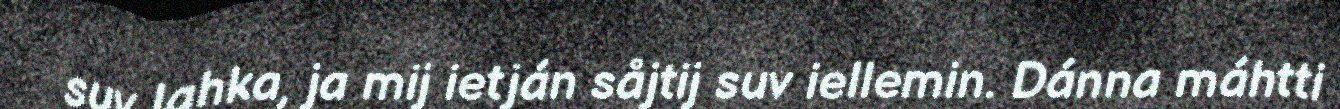
suv lahka, ja mij ietján såjtij suv iellemin. Dánna máhtti